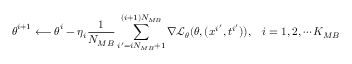
\boldsymbol { \theta } ^ { i + 1 } \longleftarrow \boldsymbol { \theta } ^ { i } - \eta _ { i } \frac { 1 } { N _ { M B } } \sum _ { i ^ { \prime } = i N _ { M B } + 1 } ^ { ( i + 1 ) N _ { M B } } \nabla \mathcal { L } _ { \boldsymbol { \theta } } ( \boldsymbol { \theta } , ( \boldsymbol { x } ^ { i ^ { \prime } } , t ^ { i ^ { \prime } } ) ) , \; \; \; i = 1 , 2 , \cdots K _ { M B }